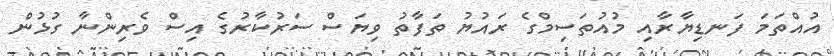
އުއްތަމަ ފަނޑިޔާރާއި މުއުތަސިމްގެ ރައުޔު ތަފާތު ވިޔަސް ސަރުކާރުގެ އިސް ވެރިންނާ ގުޅުން